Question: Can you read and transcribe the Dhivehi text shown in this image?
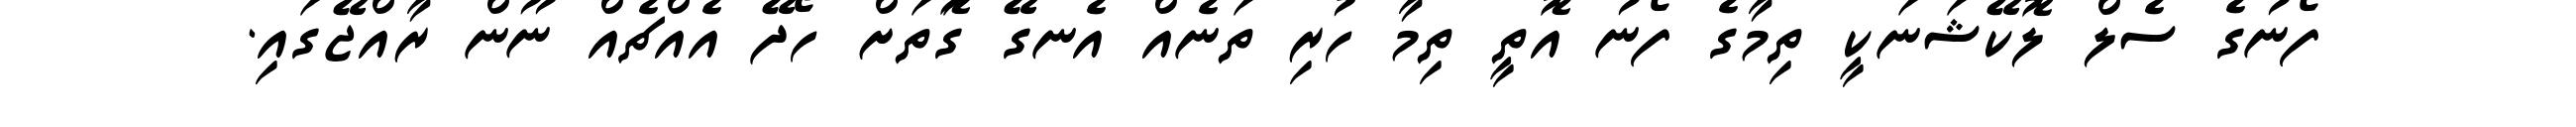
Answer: ފޯނުގެ ސެލް ލޮކޭޝަނަކީ ތިމާގެ ފޯނު އޮތީ ތިމާ ހުރި ތަނެއް އެނގޭ ގޮަތަށް ހޯދޭ އެއްޗެއް ނޫން ރާއްޖޭގައި.